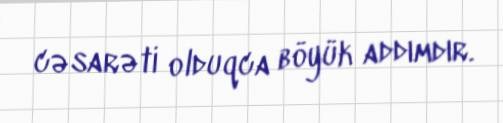
cəsarəti olduqca böyük addımdır.